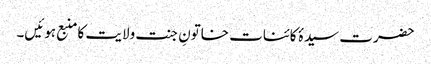
حضرت سیدۂ کائنات خاتونِ جنت ولایت کا منبع ہوئیں۔